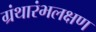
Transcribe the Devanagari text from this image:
ग्रंथारंभलक्षण